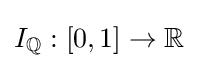
I_{\mathbb {Q} }:[0,1]\to \mathbb {R}